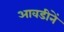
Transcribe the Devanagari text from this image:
आवडीनें